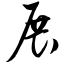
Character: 展